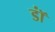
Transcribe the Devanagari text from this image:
डॉं